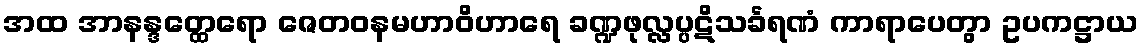
အထ အာနန္ဒတ္ထေရော ဇေတဝနမဟာဝိဟာရေ ခဏ္ဍဖုလ္လပ္ပဋိသင်္ခရဏံ ကာရာပေတွာ ဥပကဋ္ဌာယ